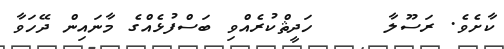
ކާށެވެ. ރަސޫލާ     ހަދީޘްކުރެއްވި ބަސްފުޅެއްގެ މާނައިން ދޭހަވާ